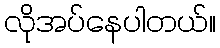
လိုအပ်နေပါတယ်။